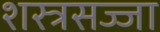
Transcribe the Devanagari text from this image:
शस्त्रसज्जा